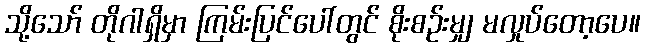
သို့သော် တိုဂါရှိမှာ ကြမ်းပြင်ပေါ်တွင် စိုးစဉ်းမျှ မလှုပ်တော့ပေ။